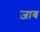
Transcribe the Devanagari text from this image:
ज़ाब